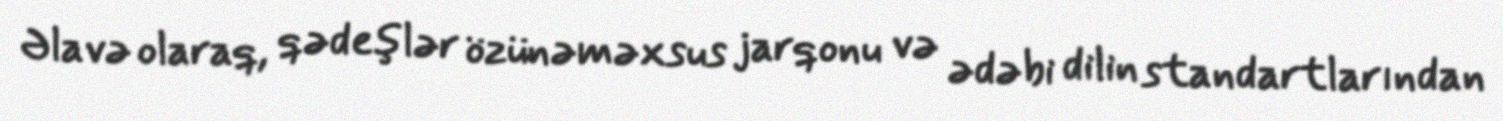
Əlavə olaraq, qədeşlər özünəməxsus jarqonu və ədəbi dilin standartlarından